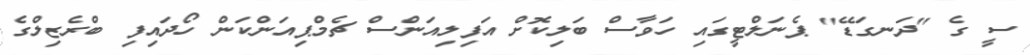
ސީ ގެ "ދަނގަޑޭ" ޕެނަލްޓީގައި ހަވާސް ބަލިކޮށް އަފިލިއަންސް ޗެމްޕިއަންކަން ހޯދައިފި ބްރެޒިލްގެ